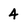
Character: 4